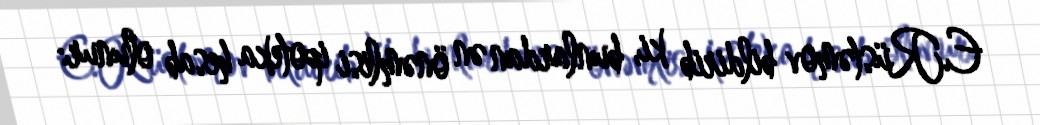
E.Rüstəmov bildirib ki, bunlardan ən önəmlisi ipoteka hesab olunur: